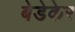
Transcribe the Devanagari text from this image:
बेडेकेर